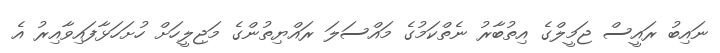
ނައިބު ރައީސް ޖަމީލްގެ އިތުބާރު ނެތްކަމުގެ މައްސަލަ ރައްޔިތުންގެ މަޖިލީހަށް ހުށަހަޅާފައިވާއިރު އެ